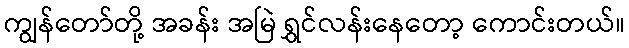
ကျွန်တော်တို့ အခန်း အမြဲ ရွှင်လန်းနေတော့ ကောင်းတယ်။